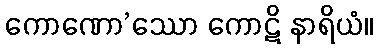
ကောဏော’ဿော ကောဋိ နာရိယံ။